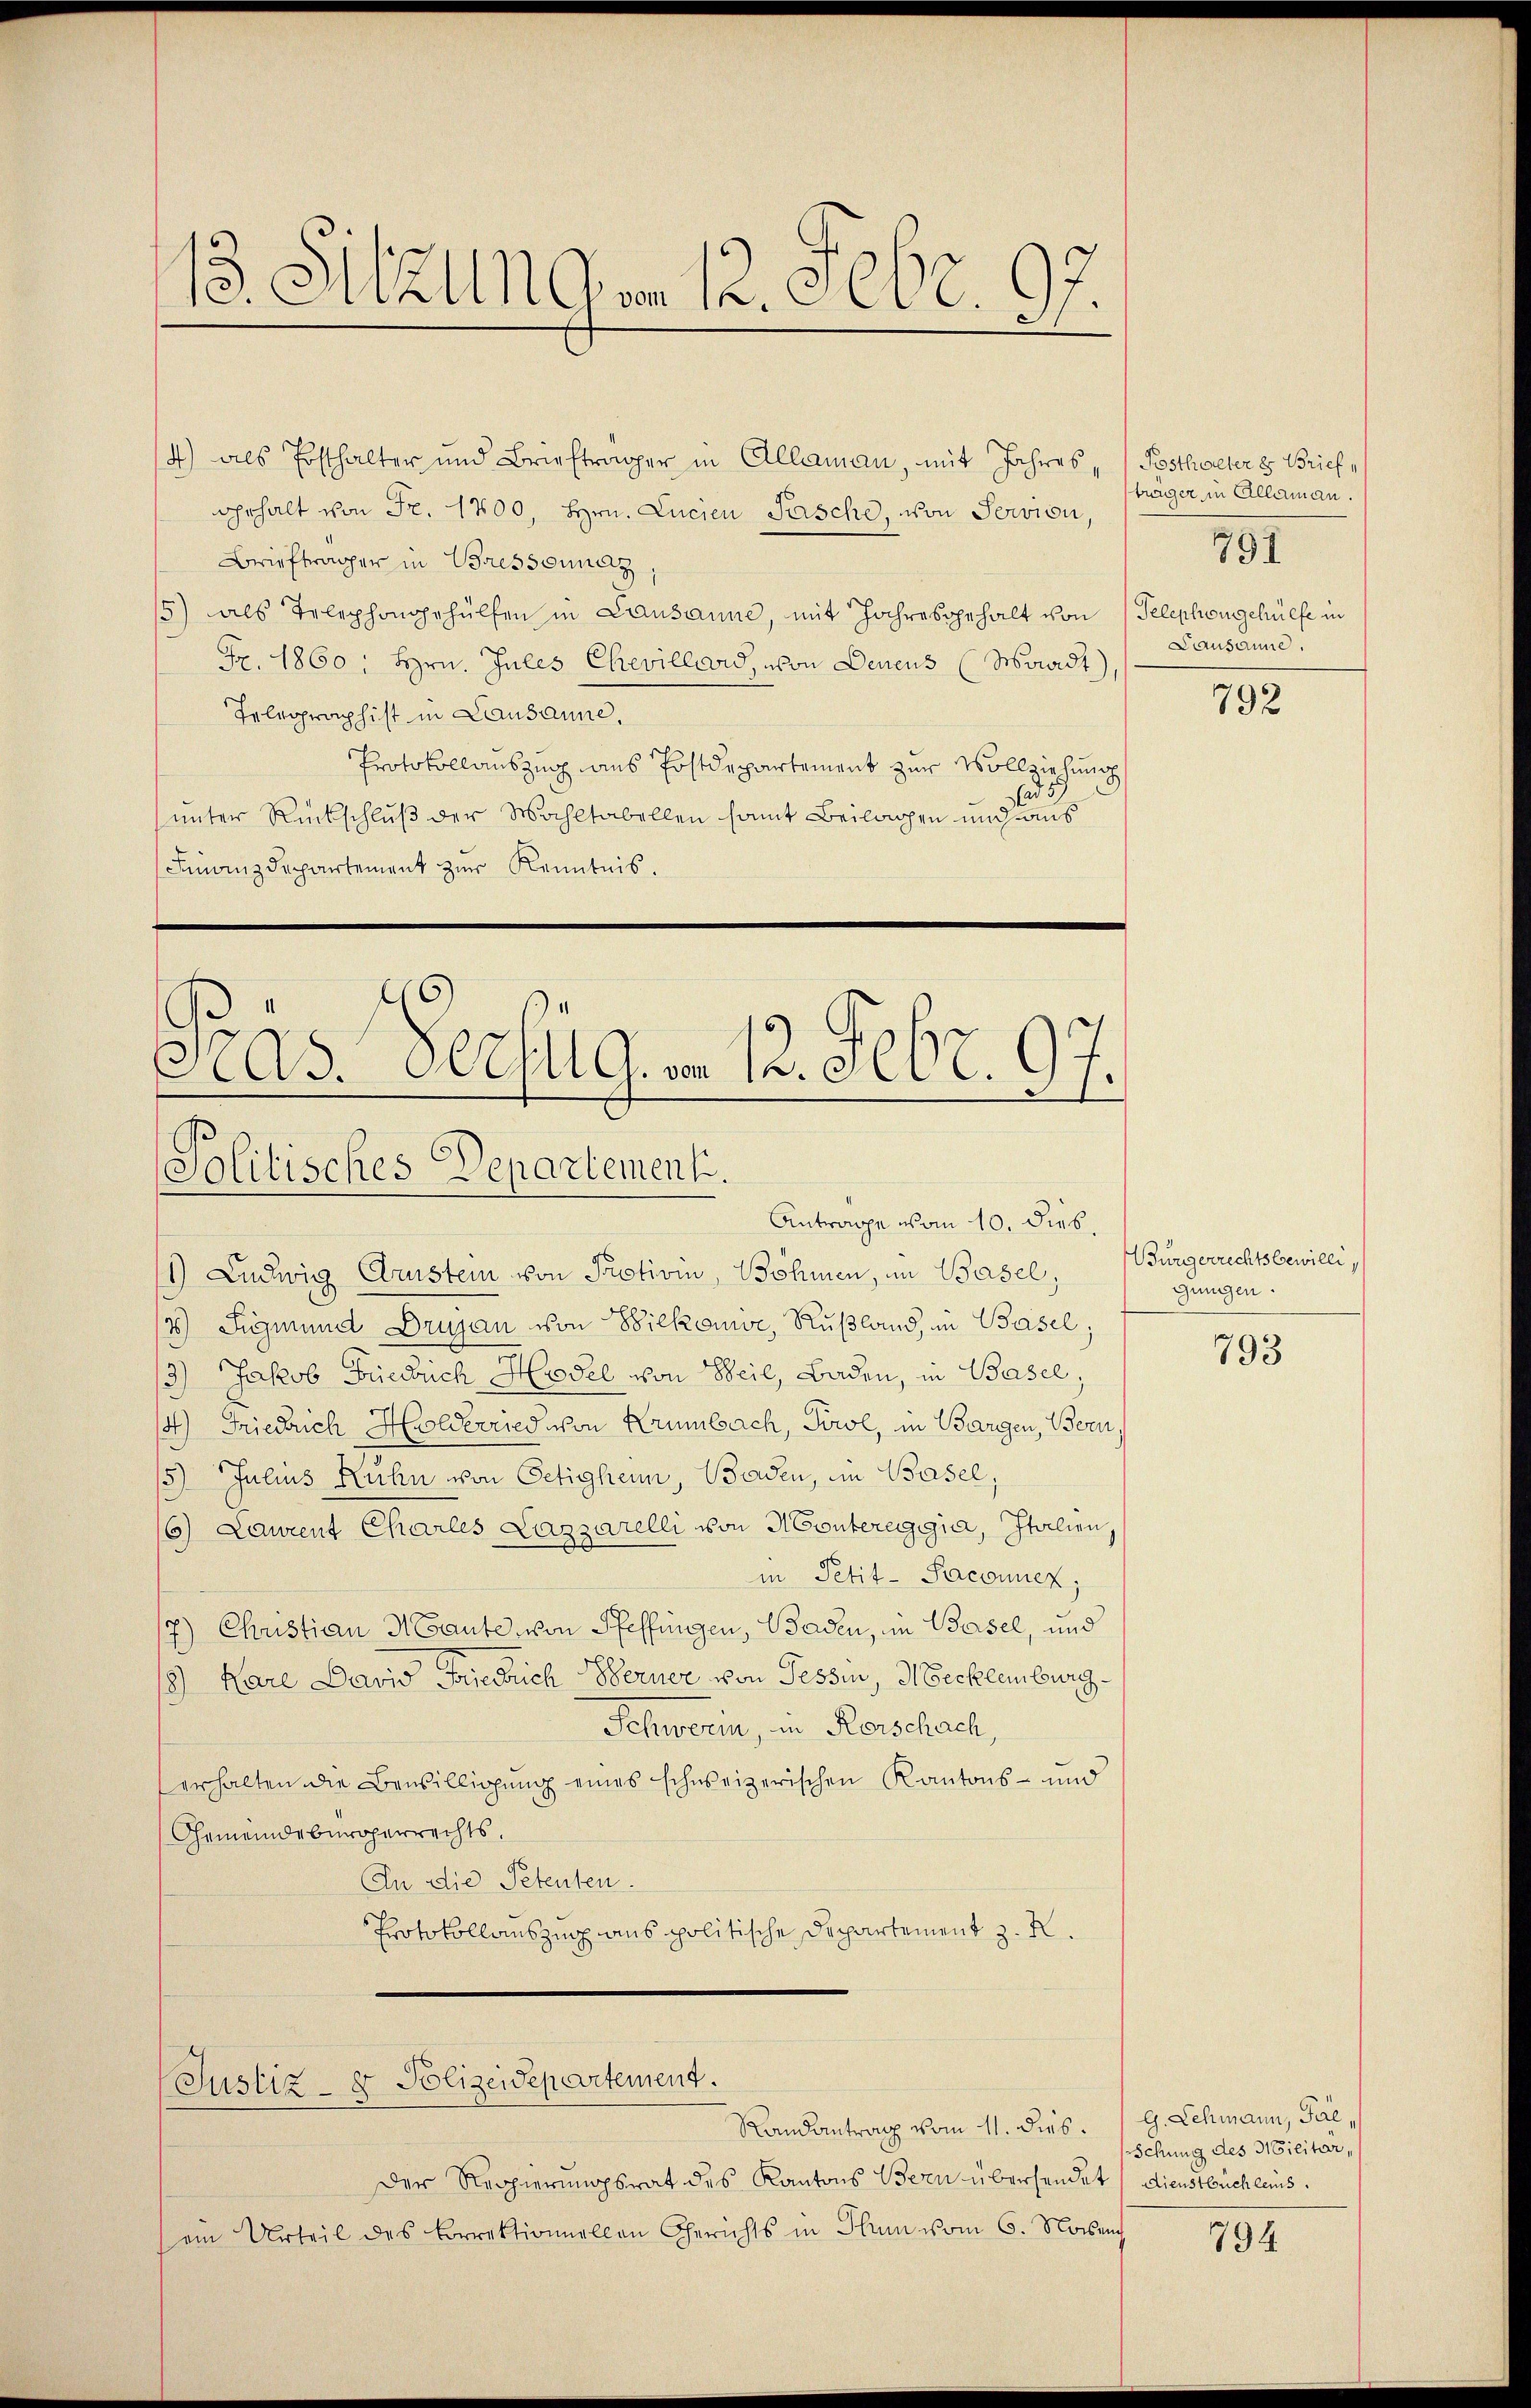
13. Mit Gra 12. Febr. 197

4) als Posthalter und Briefträger in Allaman, mit Jahres „ / Posthaeter z. Briefgehalt von Fr. 1800, Hrn. Lucien Pasche, von Servion,
Briefträger in Bressounaz
15) als Telephongehülfen in Lausanne, mit Jahresgehalt von Telephongehülfe in
Fr. 1860; Hrn. Jules Chevillard, von Denens (Waadt,
Telegraphist in Lausanne,
Protokollauszug aus Postdepartement zur Vollziehung
ad 57
unter Rückschluß der Wahltabellen samt Beilagen und aus
Finanzdepartement zŭr Kenntnis.

1) Ludwig Erstein von Protivin, Böhmen, in Basel,
7) Sigmund Drujan von Biekonve, Rußland, in Basel;
13
Jakob Friedrich Hodel von Beil, Baden, in Basel,
14) Friedrich Holderried von Krümbach, Tirol, in Bargen, Bern,
15) Julius Kuhn von Oetigheim, Baden, im Basel,
16) Laurent Charles Lazzarelli von Montereggia, Italien,
in Petit-Saconnen;
17.) Christian Mante, von Pfeffingen, Baden, in Basel, und
18) Kare David Friedrich Berner von Tessin, Mecklenburg¬
Schwerin, in Kerschach,
erhalten die Bewilligung eines schweizerischen Kantons- und
Gemeindebürgerrechts.
In die Petenten.
Protokollauszug aus politische Departement z. R.

Pras. Declug. v. 13. Febr. 97.
Solitisches Departement.
Antrage vom 10. Dieb.

Justiz- & Polizeidepartement.
Randantrag vom 11. dies.

Der Regierungsrat des Kantons Bern übersendet, dienstbüchleus.
(ein Urteil des Vorrektionellen Gerichts in Thun vom 6. Noben

träger in Allaman.
Lausanne.

791

792

Bürgerrechtsbewilli¬
Jungen.

793

g. Lehmann, Pal,
schung des Militar,

794